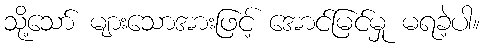
သို့သော် များသောအားဖြင့် အောင်မြင်မှု မရခဲ့ပါ။